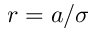
r = a / \sigma